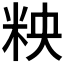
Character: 𮇌